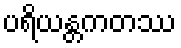
ပရိယန္တကတဿ